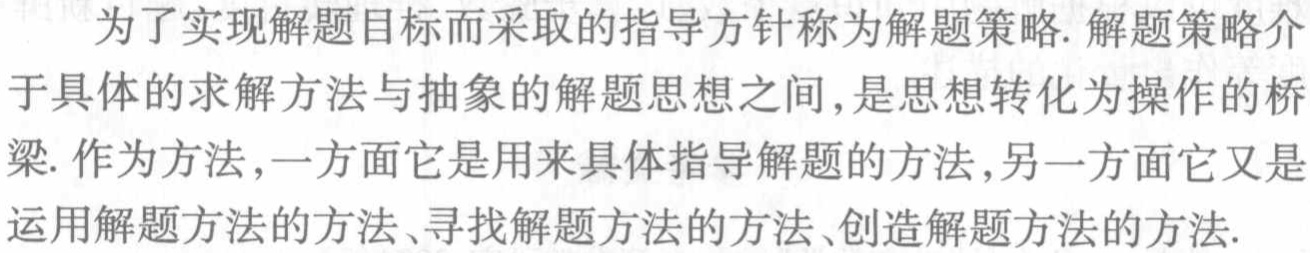
为了实现解题目标而采取的指导方针称为解题策略. 解题策略介于具体的求解方法与抽象的解题思想之间,是思想转化为操作的桥梁. 作为方法,一方面它是用来具体指导解题的方法,另一方面它又是运用解题方法的方法、寻找解题方法的方法、创造解题方法的方法.